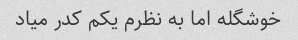
خوشگله اما به نظرم یکم کدر میاد